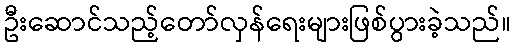
ဦးဆောင်သည့်တော်လှန်ရေးများဖြစ်ပွားခဲ့သည်။